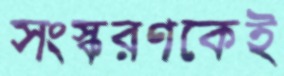
সংস্করণকেই